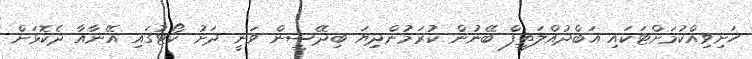
ހަށިވިއްކުމަށްޓަކައި އަބްދުއްލަތީފް ބޭނުން ކުރަމުންދިޔަ ބިދޭސީން ވަނީ ދަށު ކޯޓުގައި އޭނާއާ ދެކޮޅަށް